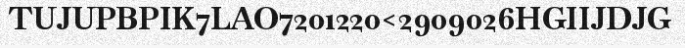
TUJUPBPIK7LAO7201220<2909026HGIIJDJG